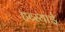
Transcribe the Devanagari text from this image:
हब्स्याई